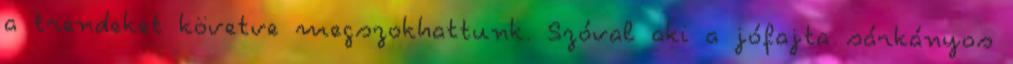
a trendeket követve megszokhattunk. Szóval aki a jófajta sárkányos